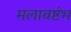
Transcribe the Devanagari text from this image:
मलावष्टंभ